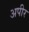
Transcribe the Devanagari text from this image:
अपीर